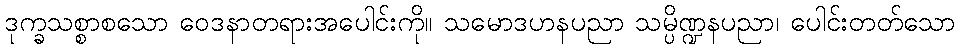
ဒုက္ခသစ္စာစသော ဝေဒနာတရားအပေါင်းကို။ သမောဒဟနပညာ သမ္ပိဏ္ဍနပညာ၊ ပေါင်းတတ်သော